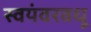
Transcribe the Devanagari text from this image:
स्वयंवरवधू